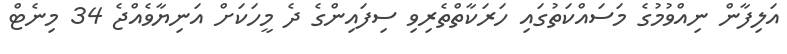
އަލިފާން ނިއްވުމުގެ މަސައްކަތުގައި ހަރަކާތްތެރިވި ސިފައިންގެ ދެ މީހަކަށް އަނިޔާވެއްޖެ 34 މިނެޓް